Senior Leaving Certificate Examination (including Day School Certificate (Higher) General paper), 1947
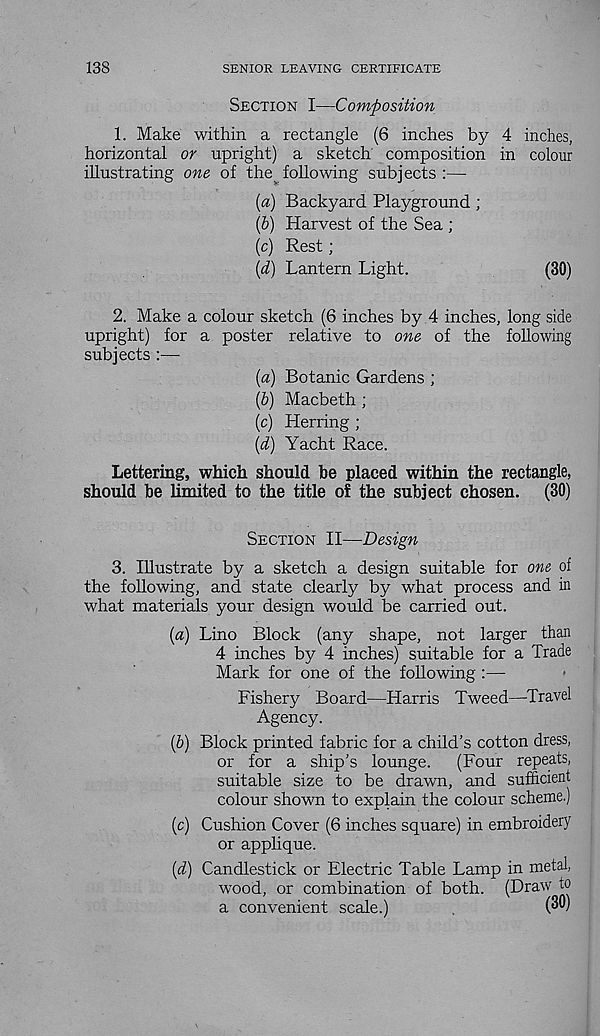
138
SENIOR LEAVING CERTIFICATE
Section I—Composition
1. Make within a rectangle (6 inches by 4 inches,
horizontal or upright) a sketch' composition in colour
illustrating one of the following subjects :—
(a) Backyard Playground ;
ip) Harvest of the Sea ;
(c) Rest;
\d) Lantern Light.
(30)
2. Make a colour sketch (6 inches by 4 inches, long side
upright) for a poster relative to one of the following
subjects :—-
(a) Botanic Gardens ;
\b) Macbeth ;
(c) Herring ;
[cl) Yacht Race.
Lettering, which should be placed within the rectangle,
should be limited to the title of the subject chosen.
(30)
Section II—Design
3. Illustrate by a sketch a design suitable for one of
the following, and state clearly by what process and in
what materials your design would be carried out.
(а) Lino Block (any shape, not larger than
4 inches by 4 inches) suitable for a Trade
Mark for one of the following :—
Fishery Board—Harris Tweed—-Travel
Agency.
(б) Block printed fabric for a child’s cotton dress,
or for a ship’s lounge.
(Four repeats,
suitable size to be drawn, and sufficient
colour shown to explain the colour scheme.)
(c) Cushion Cover (6 inches square) in embroidery
or applique.
{d) Candlestick or Electric Table Lamp in metal,
wood, or combination of both. (Draw to
a convenient scale.)